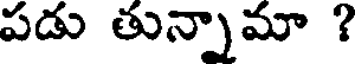
పడు తున్నామా ?